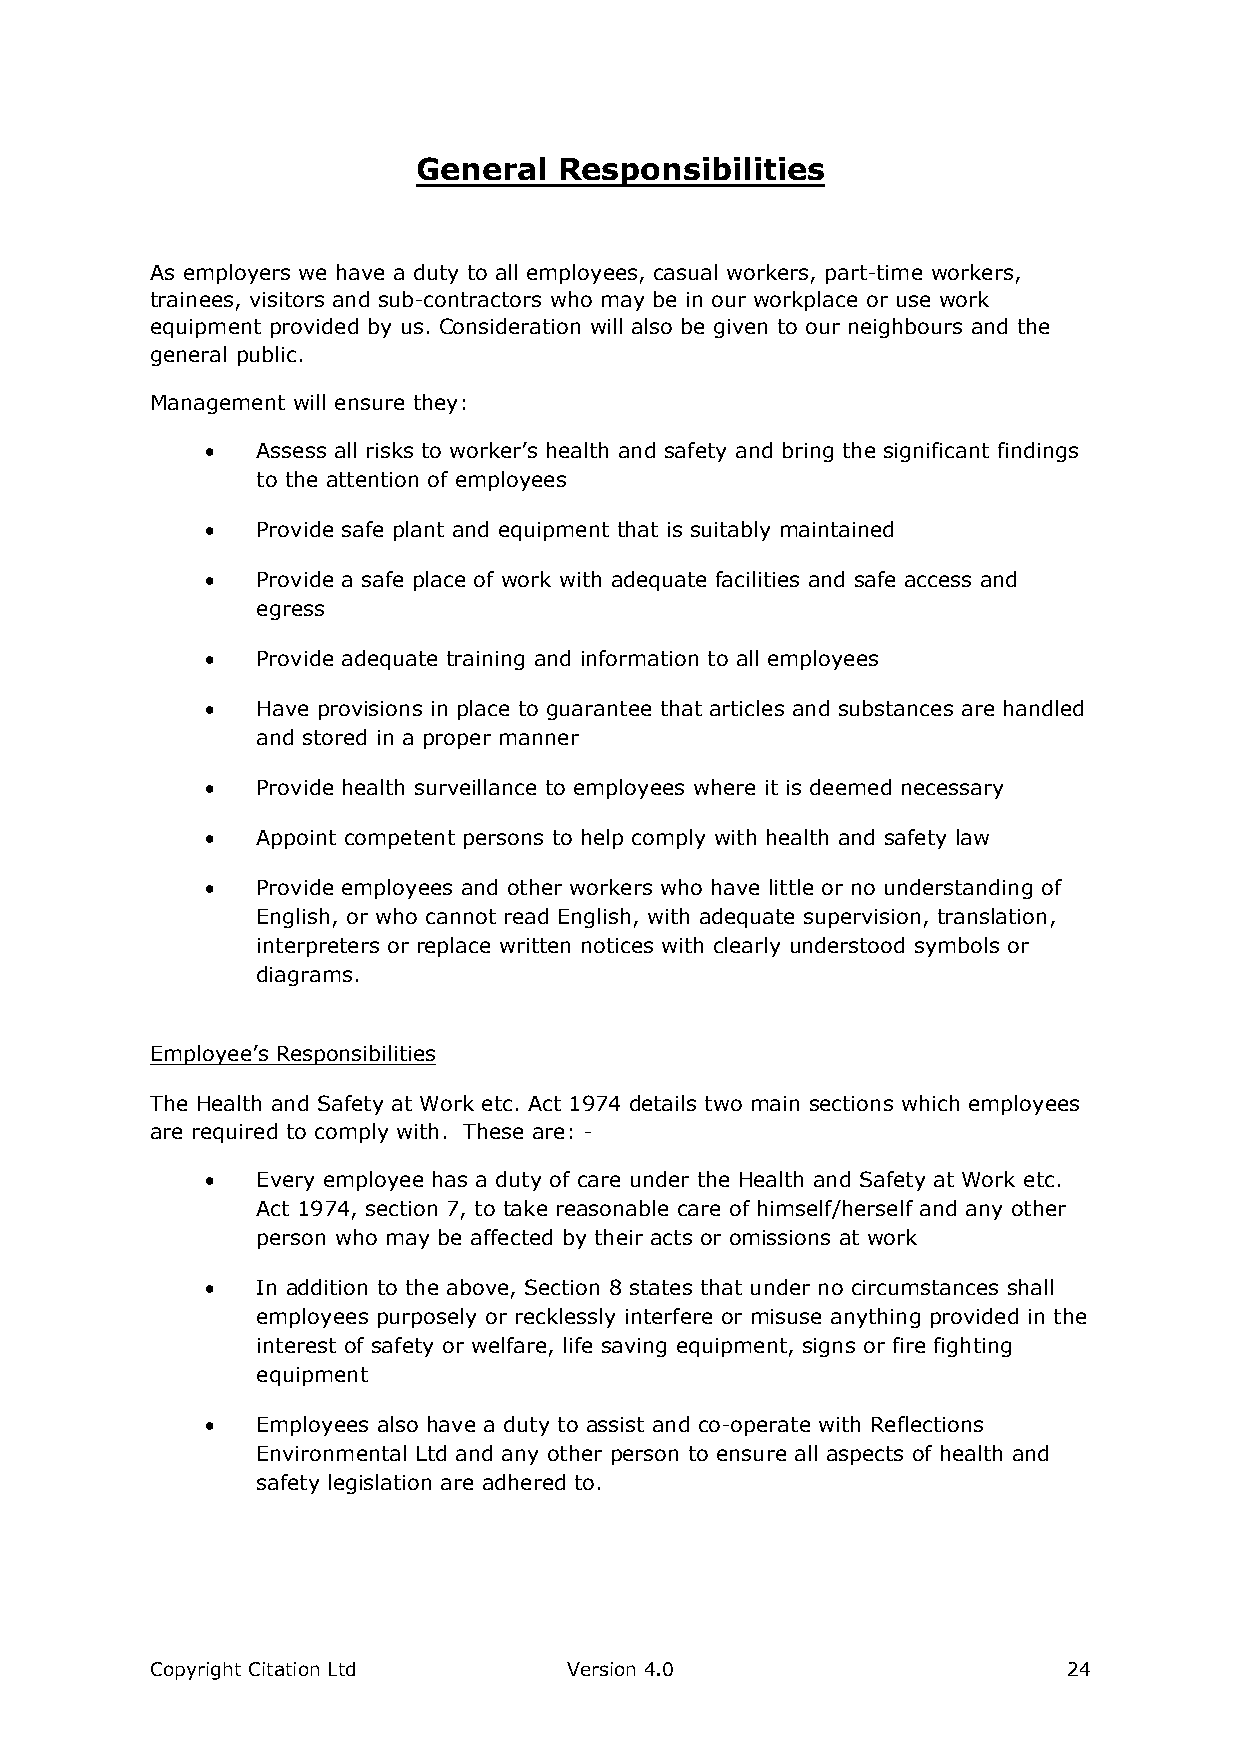
General  Responsibilities
 As employers we have a duty to all employees, casual workers, part-time workers,
 trainees, visitors and sub-contractors who may be in our workplace or use work
 equipment provided by us. Consideration will also be given to our neighbours and the
 general public.
 Management will ensure they:
   Assess all risks to worker’s health and safety and bring the significant findings
 to the attention of employees
   Provide safe plant and equipment that is suitably maintained
   Provide a safe place of work with adequate facilities and safe access and
 egress
   Provide adequate training and information to all employees
   Have provisions in place to guarantee that articles and substances are handled
 and stored in a proper manner
   Provide health surveillance to employees where it is deemed necessary
   Appoint competent persons to help comply with health and safety law
   Provide employees and other workers who have little or no understanding of
 English, or who cannot read English, with adequate supervision, translation,
 interpreters or replace written notices with clearly understood symbols or
 diagrams.
 Employee’s Responsibilities
 The Health and Safety at Work etc. Act 1974 details two main sections which employees
 are required to comply with. These are: -
   Every employee has a duty of care under the Health and Safety at Work etc.
 Act 1974, section 7, to take reasonable care of himself/herself and any other
 person who may be affected by their acts or omissions at work
   In addition to the above, Section 8 states that under no circumstances shall
 employees purposely or recklessly interfere or misuse anything provided in the
 interest of safety or welfare, life saving equipment, signs or fire fighting
 equipment
   Employees also have a duty to assist and co-operate with Reflections
 Environmental Ltd and any other person to ensure all aspects of health and
 safety legislation are adhered to.
 Copyright Citation Ltd      Version 4.0                      24